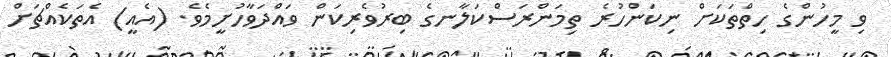
ވި މީހުންގެ ހިތްތަކަށް ނިކަންހުރެ ތިމަންރަސްކަލާނގެ ބިރުވެރިކަން ވައްދަވާހުށީމެވެ. (އެއީ) އެތަކެއްޗަށް